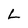
Character: L